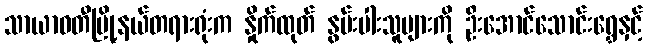
သာယာဝတီမြို့နယ်တရားရုံးက နှိုက်ထုတ် နွမ်းပါးသူများကို ဦးအောင်သောင်းရွှေနှင့်